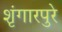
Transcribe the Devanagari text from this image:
शृंगारपुरे